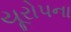
યૂરોપના